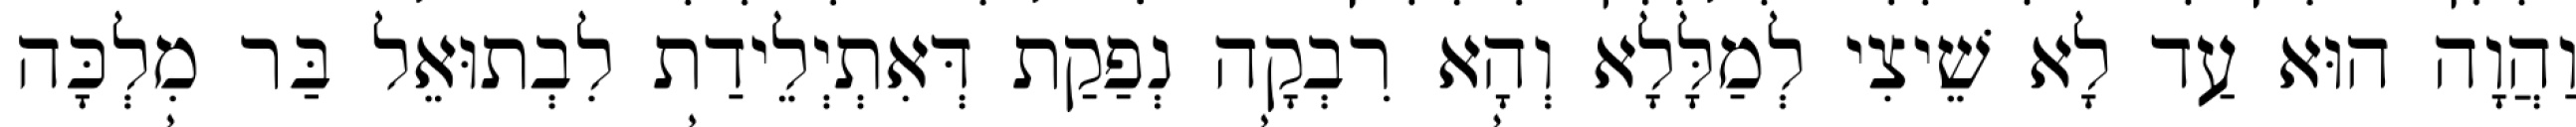
וַהֲוָה הוּא עַד לָא שֵׁיצִי לְמַלָּלָא וְהָא רִבְקָה נְפַקַת דְּאִתְיְלֵידַת לִבְתוּאֵל בַּר מִלְכָּה